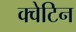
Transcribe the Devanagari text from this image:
क्वेटिन